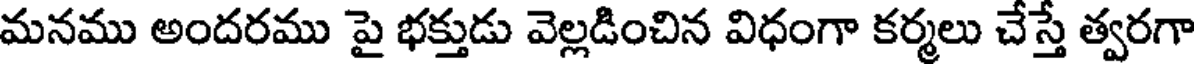
మనము అందరము పై భక్తుడు వెల్లడించిన విధంగా కర్మలు చేస్తే త్వరగా